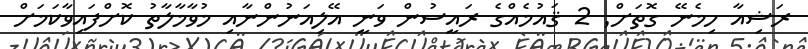
ރަޝިއާ ހިމެނޭ ގޮތަށް